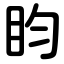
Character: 盷